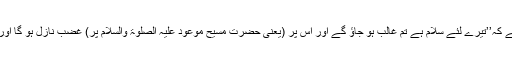
کہتے ہیں کہ مجھے الہام ہوتا ہے کہ’’تیرے لئے سلام ہے تم غالب ہو جاؤ گے اور اس پر (یعنی حضرت مسیح موعود علیہ الصلوٰۃ والسلام پر) غضب نازل ہو گا اور وہ ضرور ہلاک ہو جاوے گا‘‘۔